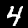
Label: 4